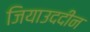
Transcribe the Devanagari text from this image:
जियाउददीन